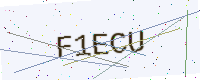
Text: F1ECU